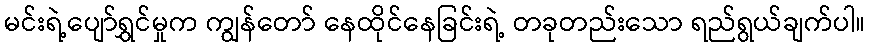
မင်းရဲ့ပျော်ရွှင်မှုက ကျွန်တော် နေထိုင်နေခြင်းရဲ့ တခုတည်းသော ရည်ရွယ်ချက်ပါ။